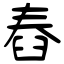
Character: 舂